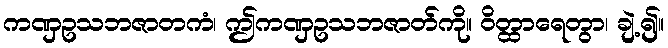
ကဏှဥသဘဇာတကံ၊ ဤကဏှဥသဘဇာတ်ကို။ ဝိတ္ထာရေတွာ၊ ချဲ့၍။